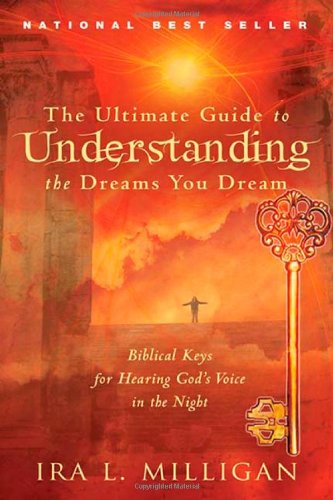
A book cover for The Ultimate Guide to Understanding the Dreams you Dream; Ira Milligan; Self-Help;